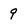
Character: 9